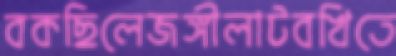
বকছিলেজঙ্গীলাটবখিতে